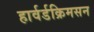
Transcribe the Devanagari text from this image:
हार्वर्डक्रिमसन